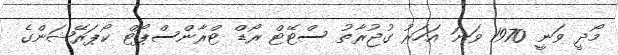
މޯދީ ވަނީ 1970 ވަނަ އަހަރު ގުޖުރާތު ސްޓޭޓް ރޯޑް ޓްރާންސްޕޯޓް ކޯޕަރޭޝަންގެ